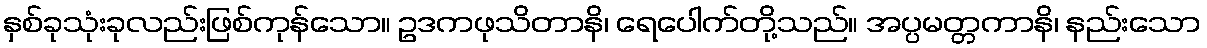
နှစ်ခုသုံးခုလည်းဖြစ်ကုန်သော။ ဥဒကဖုသိတာနိ၊ ရေပေါက်တို့သည်။ အပ္ပမတ္တကာနိ၊ နည်းသော